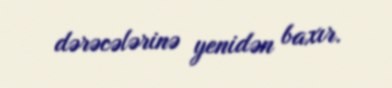
dərəcələrinə yenidən baxır.